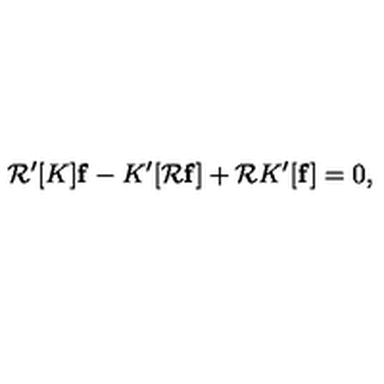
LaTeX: { \cal R } ^ { \prime } [ K ] { \bf f } - K ^ { \prime } [ { \cal R } { \bf f } ] + { \cal R } K ^ { \prime } [ { \bf f } ] = 0 ,